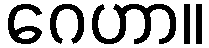
ဂေဟာ။